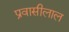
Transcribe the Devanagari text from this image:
प्रवासीलाल